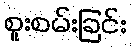
စူးစမ်းခြင်း